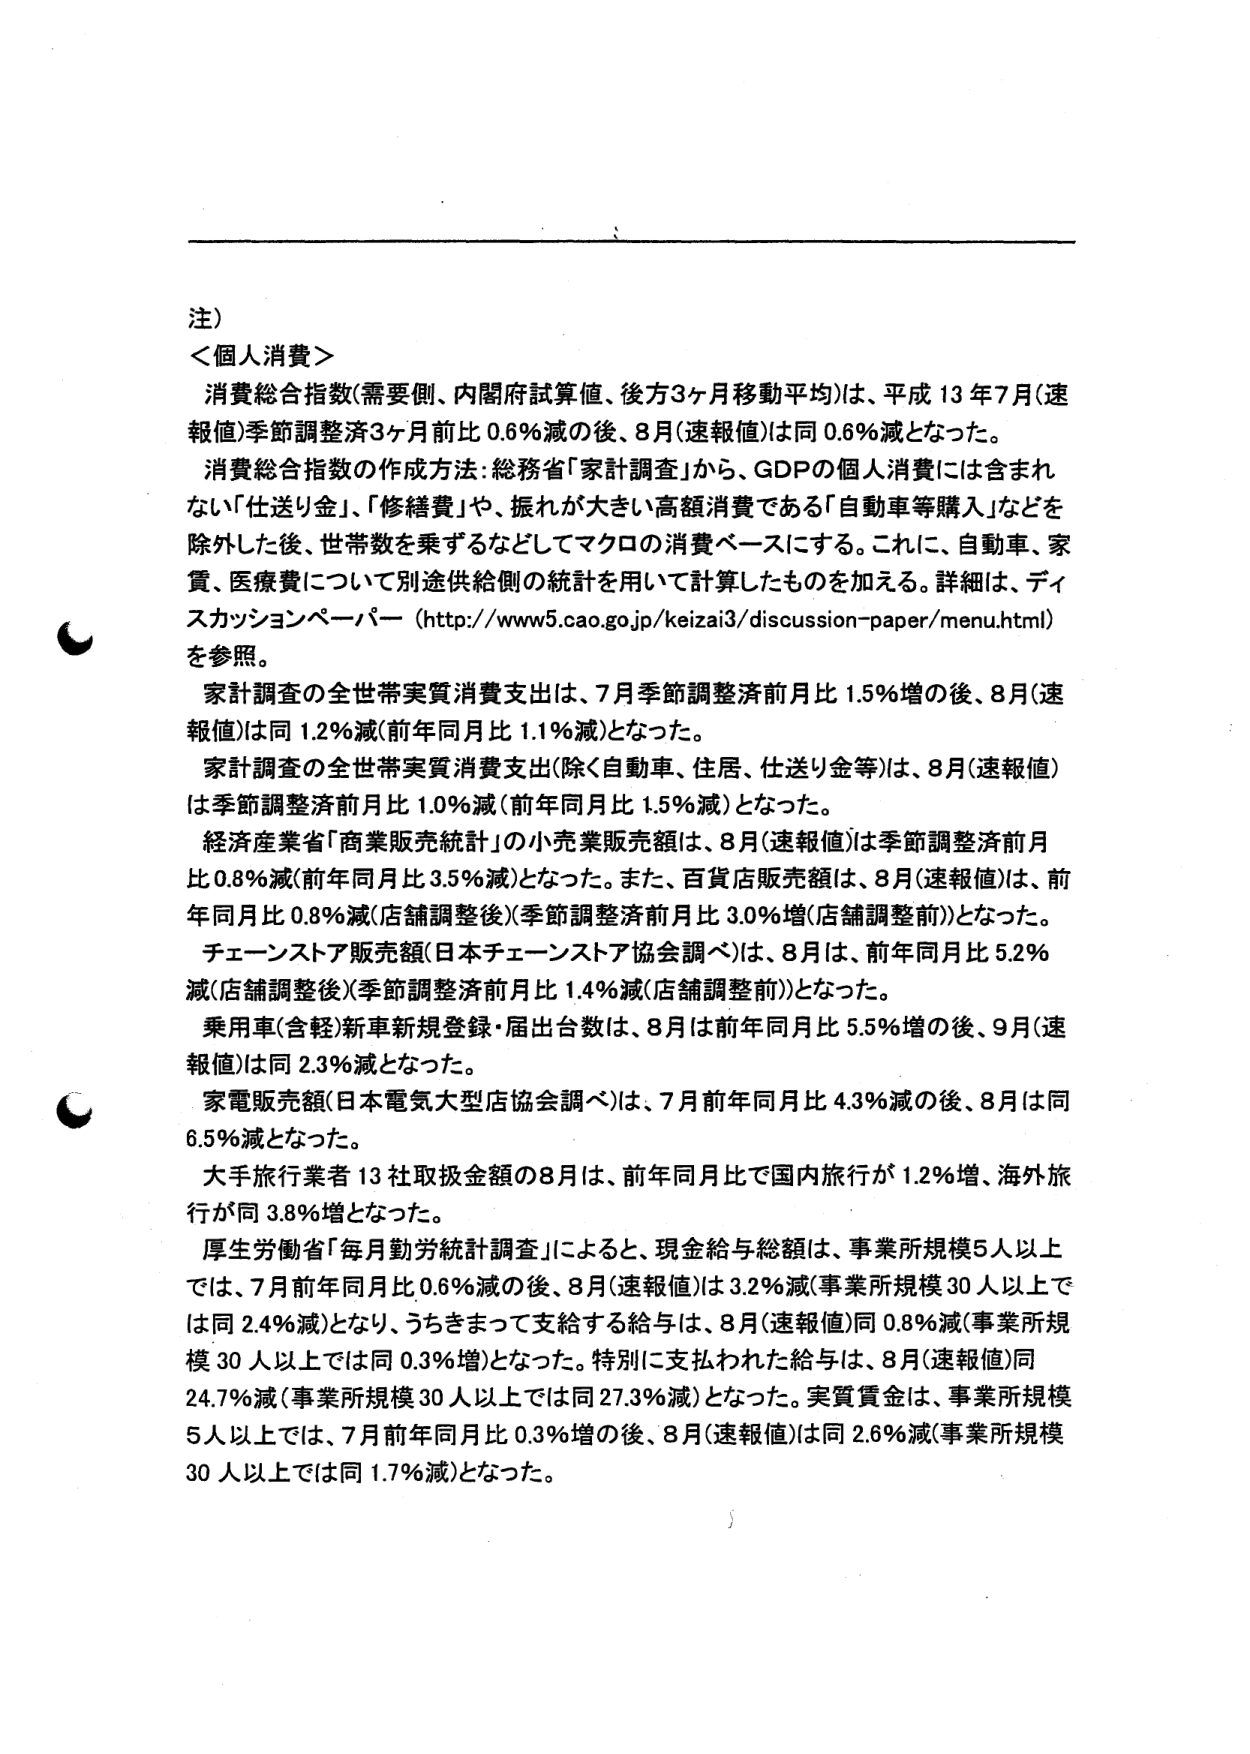
注）
＜個人消費＞
消費総合指数（需要側、内閣府試算値、後方3ヶ月移動平均）は、平成13年7月（速報値）季節調整済3ヶ月前比0.6％減の後、8月（速報値）は同0.6％減となった。
消費総合指数の作成方法：総務省「家計調査」から、GDPの個人消費には含まれない「仕送り金」、「修繕費」や、振れが大きい高額消費である「自動車等購入」などを除外した後、世帯数を乗ずるなどしてマクロの消費ベースにする。これに、自動車、家賃、医療費について別途供給側の統計を用いて計算したものを加える。詳細は、ディスカッションペーパー（http://www5.cao.go.jp/keizai3/discussion-paper/menu.html）を参照。
家計調査の全世帯実質消費支出は、7月季節調整済前月比1.5％増の後、8月（速報値）は同1.2％減（前年同月比1.1％減）となった。
家計調査の全世帯実質消費支出（除く自動車、住居、仕送り金等）は、8月（速報値）は季節調整済前月比1.0％減（前年同月比1.5％減）となった。
経済産業省「商業販売統計」の小売業販売額は、8月（速報値）は季節調整済前月比0.8％減（前年同月比3.5％減）となった。また、百貨店販売額は、8月（速報値）は、前年同月比0.8％減（店舗調整後）（季節調整済前月比3.0％増（店舗調整前））となった。
チェーンストア販売額（日本チェーンストア協会調べ）は、8月は、前年同月比5.2％減（店舗調整後）（季節調整済前月比1.4％減（店舗調整前））となった。
乗用車（含軽）新車新規登録・届出台数は、8月は前年同月比5.5％増の後、9月（速報値）は同2.3％減となった。
家電販売額（日本電気大型店協会調べ）は、7月前年同月比4.3％減の後、8月は同6.5％減となった。
大手旅行業者13社取扱金額の8月は、前年同月比で国内旅行が1.2％増、海外旅行が同3.8％増となった。
厚生労働省「毎月勤労統計調査」によると、現金給与総額は、事業所規模5人以上では、7月前年同月比0.6％減の後、8月（速報値）は3.2％減（事業所規模30人以上では同2.4％減）となり、うちきまって支給する給与は、8月（速報値）同0.8％減（事業所規模30人以上では同0.3％増）となった。特別に支払われた給与は、8月（速報値）同24.7％減（事業所規模30人以上では同27.3％減）となった。実質賃金は、事業所規模5人以上では、7月前年同月比0.3％増の後、8月（速報値）は同2.6％減（事業所規模30人以上では同1.7％減）となった。